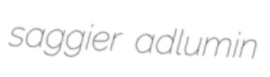
saggier adlumin